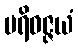
ပရိဝဇ္ဇယံ